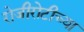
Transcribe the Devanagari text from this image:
रोजीरोटीच्या